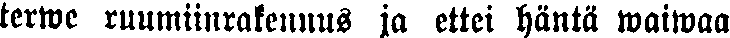
terwe ruumiinrakennus ja ettei häntä waiwaa